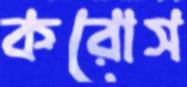
করোস